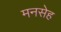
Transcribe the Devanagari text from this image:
मनसेह